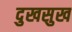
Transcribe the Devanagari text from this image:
दुखसुख